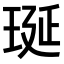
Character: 𤥻